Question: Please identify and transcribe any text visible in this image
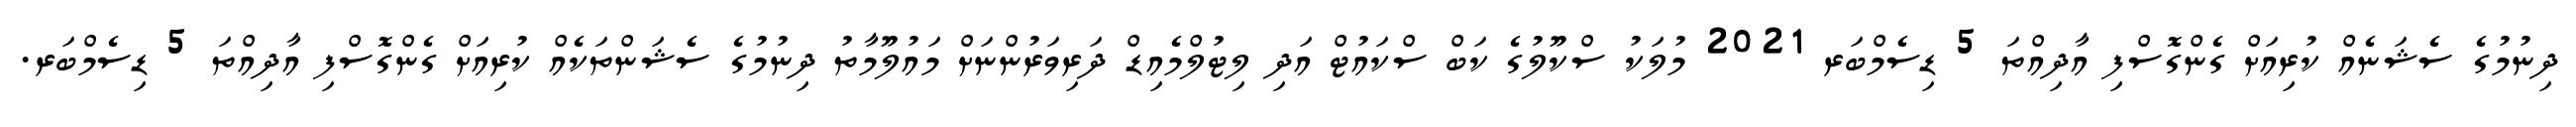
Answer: ދިނުމުގެ ސެޝަނެއް ކުރިއަށް ގެންގޮސްފި އާދިއްތަ 5 ޑިސެމްބަރ 2021 މުލަކު ސްކޫލުގެ ކަބް ސްކައުޓް އަދި ލިޓުލްމެއިޑް ދަރިވަރުންނަށް މައުލޫމާތު ދިނުމުގެ ސެޝަންތަކެއް ކުރިއަށް ގެންގޮސްފި އާދިއްތަ 5 ޑިސެމްބަރ.